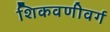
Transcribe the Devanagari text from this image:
शिकवणीवर्ग